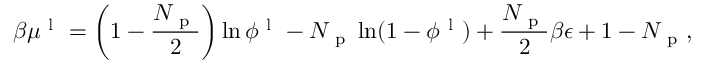
\beta \mu ^ { \mathrm { ~ l ~ } } = \left( 1 - \frac { N _ { \mathrm { ~ p ~ } } } { 2 } \right) \ln \phi ^ { \mathrm { ~ l ~ } } - N _ { \mathrm { ~ p ~ } } \ln ( 1 - \phi ^ { \mathrm { ~ l ~ } } ) + \frac { N _ { \mathrm { ~ p ~ } } } { 2 } \beta \epsilon + 1 - N _ { \mathrm { ~ p ~ } } ,